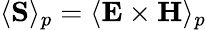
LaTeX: \langle\mathbf{S}\rangle_{p}=\langle\mathbf{E}\times\mathbf{H}\rangle_{p}